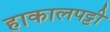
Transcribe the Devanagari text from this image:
हाकालपट्टी